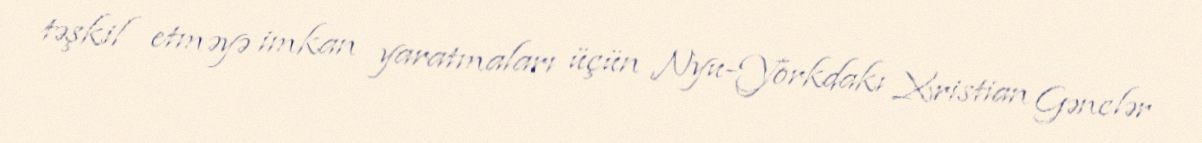
təşkil etməyə imkan yaratmaları üçün Nyu-Yorkdakı Xristian Gənclər